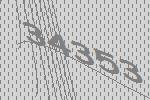
34353